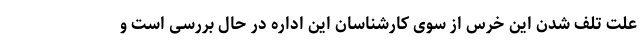
علت تلف شدن این خرس از سوی کارشناسان این اداره در حال بررسی است و